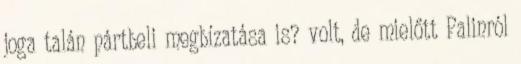
joga talán pártbeli megbízatása is? volt, de mielőtt Palinról